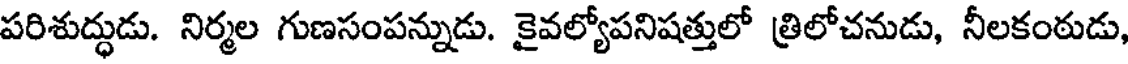
పరిశుద్ధుడు. నిర్మల గుణసంపన్నుడు. కైవల్యోపనిషత్తులో త్రిలోచనుడు, నీలకంఠుడు,